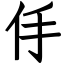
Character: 㐿